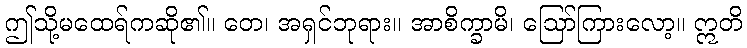
ဤသို့မထေရ်ကဆို၏။ တေ၊ အရှင်ဘုရား။ အာစိက္ခာမိ၊ ဩော်ကြားလော့။ ဣတိ